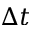
\Delta t